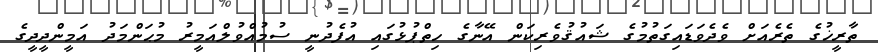
ތާރީޚުގެ ތެރެއަށް ވެދެވަޑައިގަތުމުގެ ޝައުޤުވެރިކަން އޭނާގެ ހިތްޕުޅުގައި އުފެދުނީ ސުމުއްވުލްއަމީރު މުޙަންމަދު އަމީންދީދީގެ